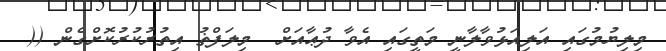
މިލިޔުމުގައި އަލިއަޅުވާލާނީ މަތީގައި އެވާ ދުޢާއަށް  މިލަފްޡު އިތުރުކުރުކޮށްގެން ((